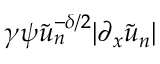
\gamma \psi \tilde { u } _ { n } ^ { - \delta / 2 } | \partial _ { x } \tilde { u } _ { n } |